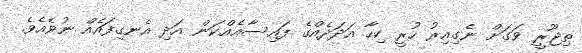
ތިޖޫރީ ވަގަށް ނެގިއިރު ހުރީ ކިހާ އަދަދެއްގެ ފައިސާއެއްކަން އަދި އެނގިފައެއް ނުވެއެވެ.